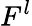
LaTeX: F^{l}